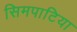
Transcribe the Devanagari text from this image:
सिमपाटिया